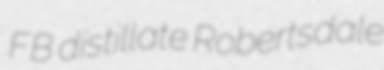
FB distillate Robertsdale